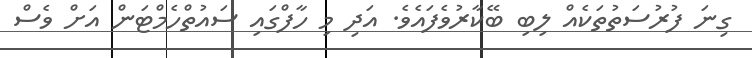
ގިނަ ފުރުސަތުތަކެއް ލިބި ބޭކާރުވެފައެވެ. އަދި މި ހާފްގައި ސައުތްހެމްޓަން އަށް ވެސް